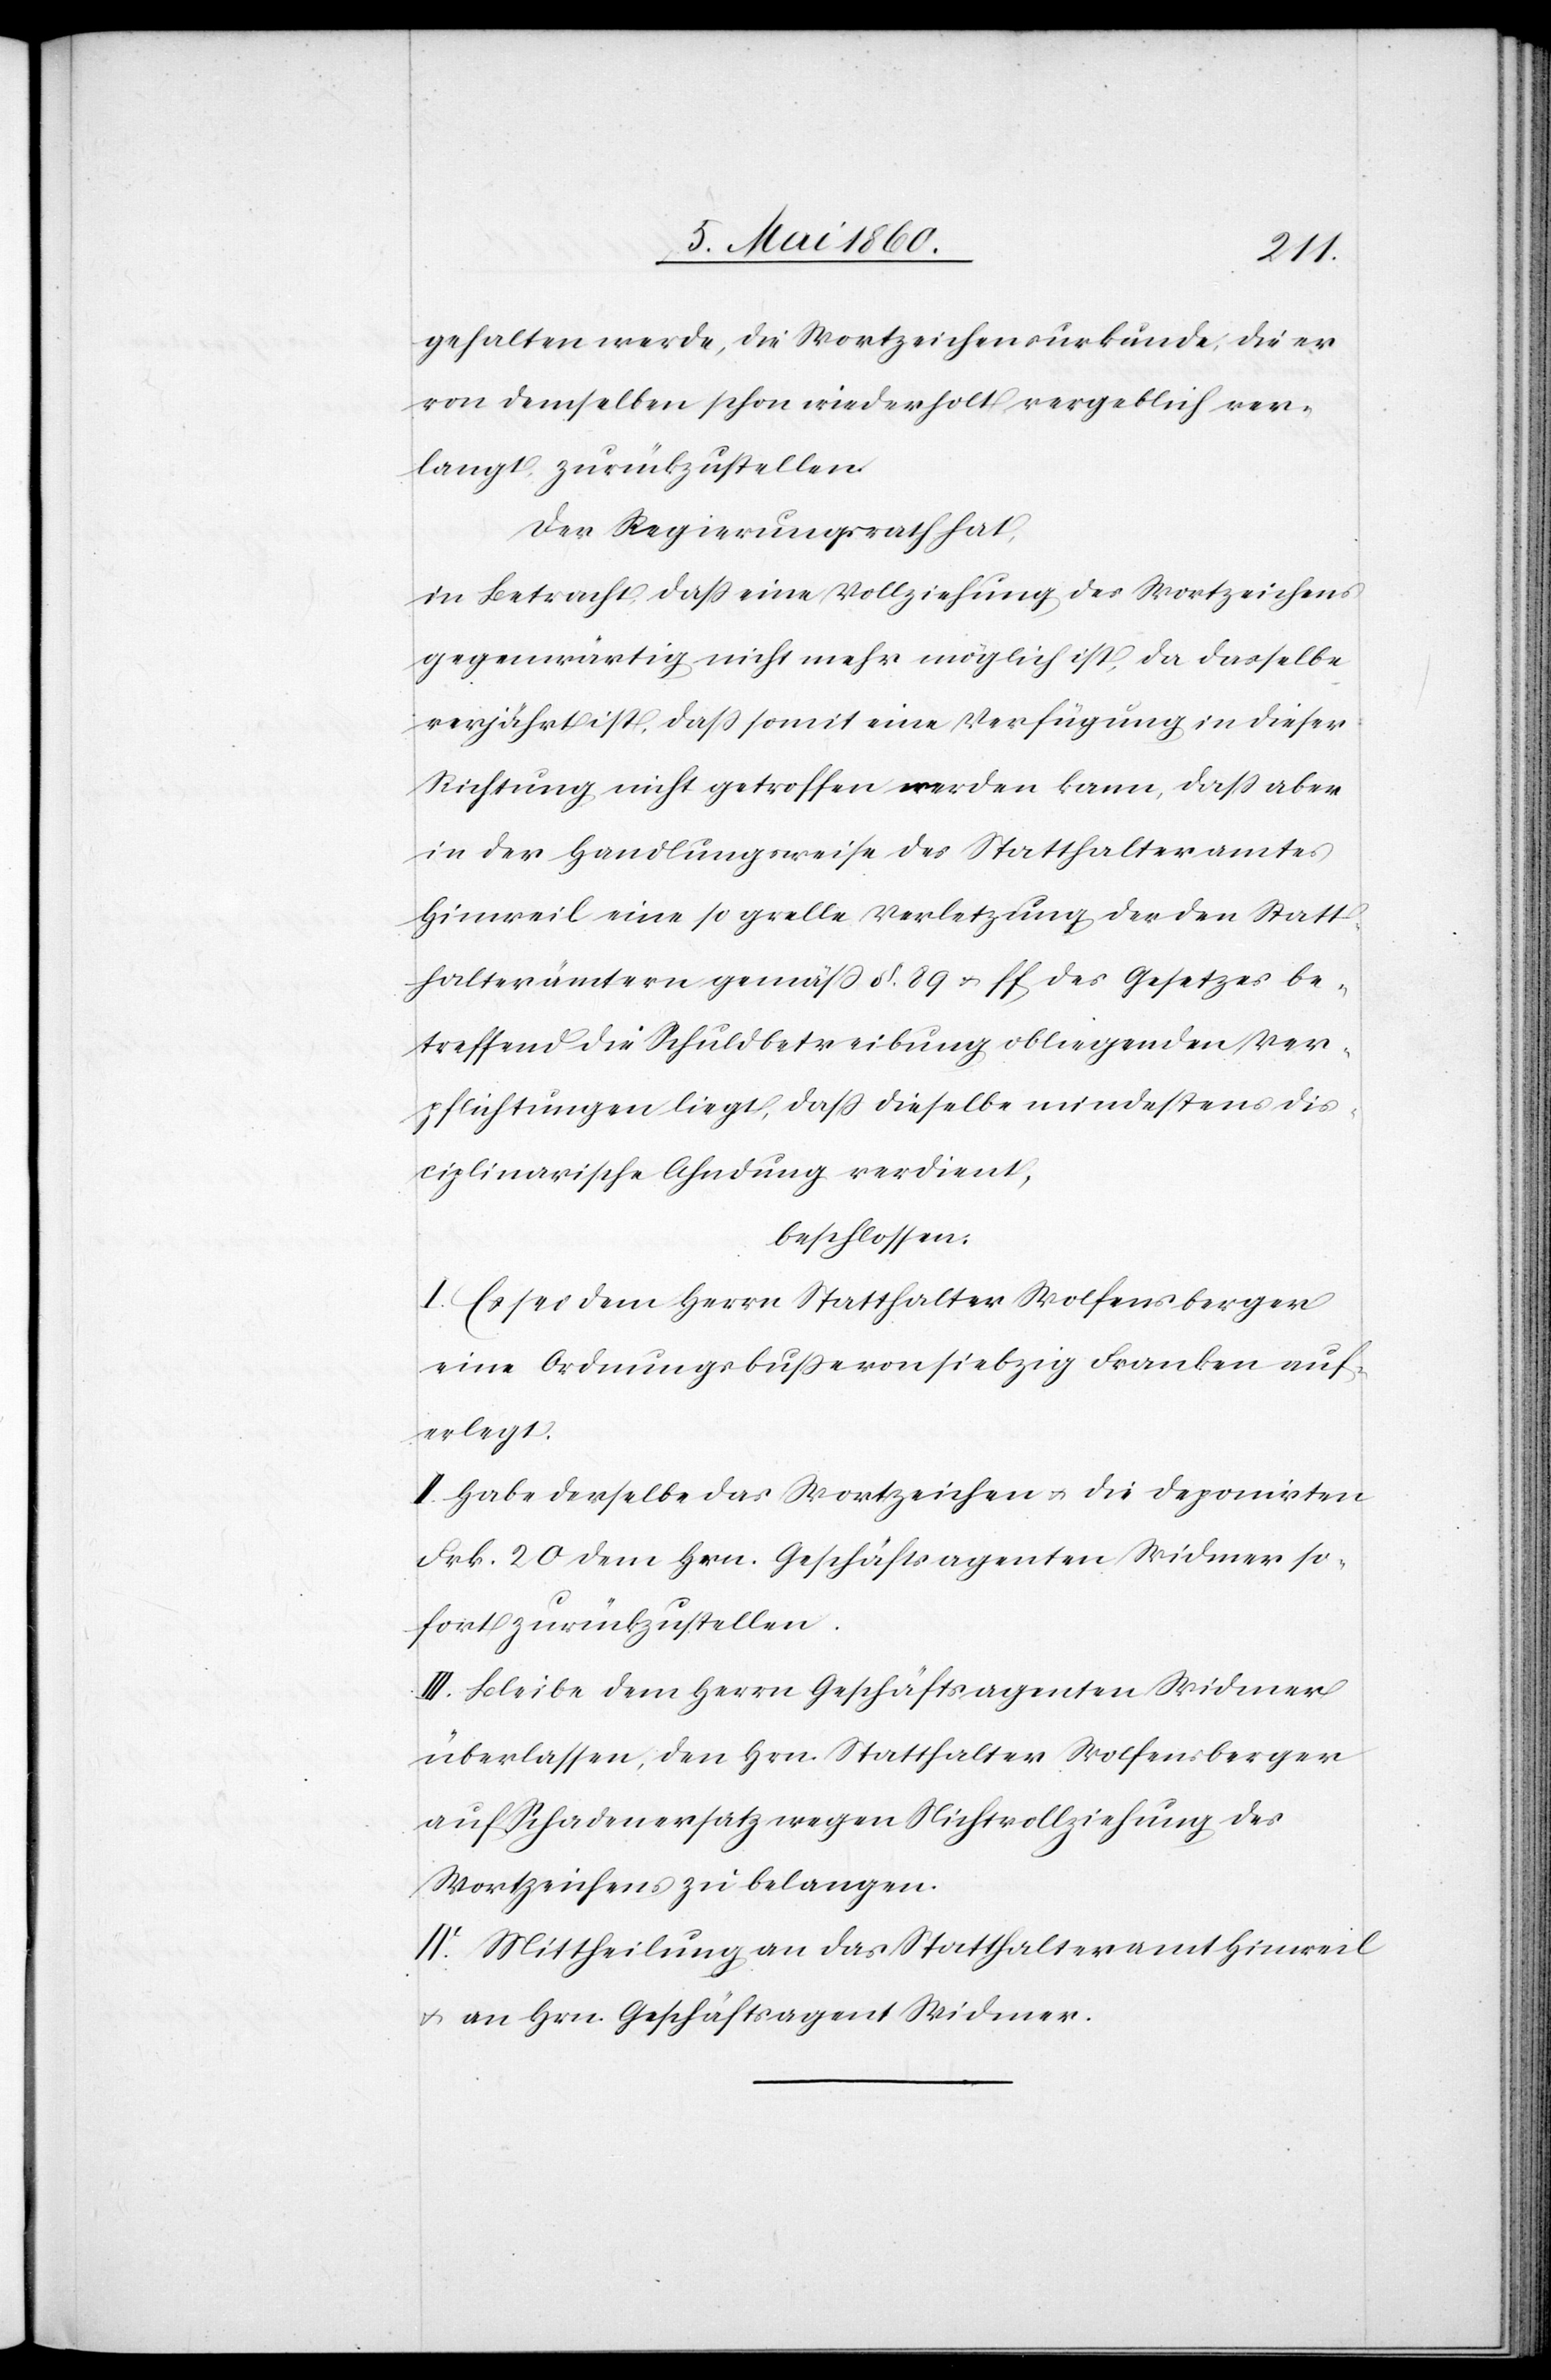
gehalten werde, die Wortzeichensurkunde, die er
von demselben schon wiederholt vergeblich ver¬
langt, zurückzustellen.
Der Regierungsrath hat,
in Betracht, daß eine Vollziehung des Wortzeichens
gegenwärtig nicht mehr möglich ist, da dasselbe
verjährt ist, dass somit eine Verfügung in dieser
Richtung nicht getroffen werden kann, dass aber
in der Handlungsweise des Statthalteramtes
Hinweil eine so grelle Verletzung der den Statt¬
halterämtern gemäss §. 89 u. ff. des Gesetzes be¬
treffend die Schuldbetreibung obliegenden Ver¬
pflichtungen liegt, dass dieselbe mindestens dis¬
ciplinarische Ahndung verdient,
beschlossen:
I. Es sei dem Herrn Statthalter Wolfensberger
eine Ordnungsbusse von siebzig Franken auf¬
erlegt.
II. Habe derselbe das Wortzeichen u. die deponirten
Frk. 20 dem Hrn. Geschäftsagenten Widmer so¬
fort zurückzustellen.
III. Bleibe dem Herrn Geschäftsagenten Widmer
überlassen, den Hrn. Statthalter Wolfensberger
auf Schadenersatz wegen Nichtvollziehung des
Wortzeichens zu belangen.
IV. Mittheilung an das Statthalteramt Hinweil
u. an Hrn. Geschäftsagent Widmer.